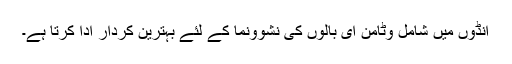
انڈوں میں شامل وٹامن ای بالوں کی نشوونما کے لئے بہترین کردار ادا کرتا ہے۔